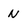
Character: N